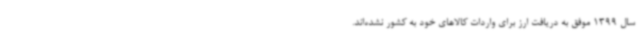
سال 1399 موفق به دریافت ارز برای واردات کالاهای خود به کشور نشده‌اند.